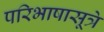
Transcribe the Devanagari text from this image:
परिभाषासूत्रे